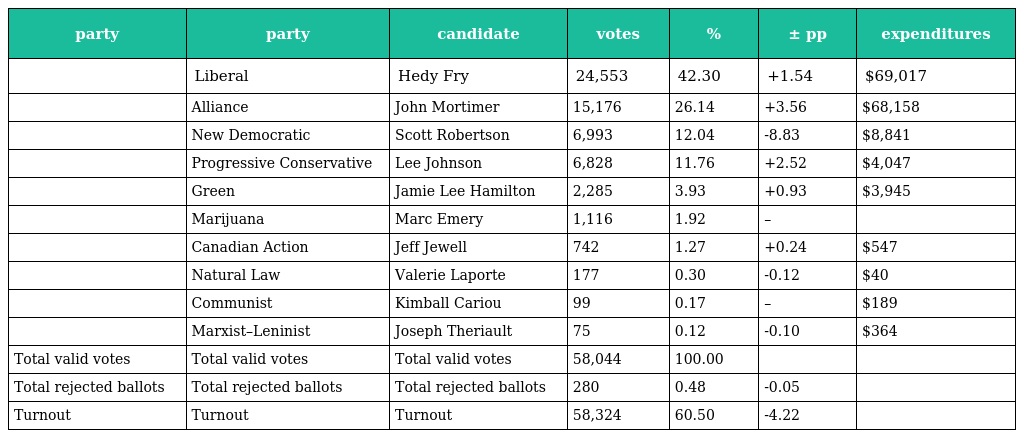
| party | party | candidate | votes | % | ± pp | expenditures |
 | --- | --- | --- | --- | --- | --- | --- |
 |  | Liberal | Hedy Fry | 24,553 | 42.30 | +1.54 | $69,017 |
 |  | Alliance | John Mortimer | 15,176 | 26.14 | +3.56 | $68,158 |
 |  | New Democratic | Scott Robertson | 6,993 | 12.04 | -8.83 | $8,841 |
 |  | Progressive Conservative | Lee Johnson | 6,828 | 11.76 | +2.52 | $4,047 |
 |  | Green | Jamie Lee Hamilton | 2,285 | 3.93 | +0.93 | $3,945 |
 |  | Marijuana | Marc Emery | 1,116 | 1.92 | – |  |
 |  | Canadian Action | Jeff Jewell | 742 | 1.27 | +0.24 | $547 |
 |  | Natural Law | Valerie Laporte | 177 | 0.30 | -0.12 | $40 |
 |  | Communist | Kimball Cariou | 99 | 0.17 | – | $189 |
 |  | Marxist–Leninist | Joseph Theriault | 75 | 0.12 | -0.10 | $364 |
 | Total valid votes | Total valid votes | Total valid votes | 58,044 | 100.00 |  |  |
 | Total rejected ballots | Total rejected ballots | Total rejected ballots | 280 | 0.48 | -0.05 |  |
 | Turnout | Turnout | Turnout | 58,324 | 60.50 | -4.22 |  |